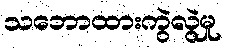
သဘောထားကွဲလွဲမှု